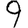
Digit: 9